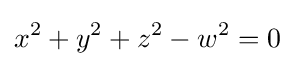
x^{2}+y^{2}+z^{2}-w^{2}=0